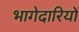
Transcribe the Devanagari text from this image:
भागेदारियों